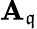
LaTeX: \mathbf{A}_{\mathfrak{{q}}}